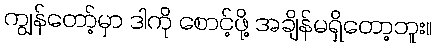
ကျွန်တော့်မှာ ဒါကို စောင့်ဖို့ အချိန်မရှိတော့ဘူး။